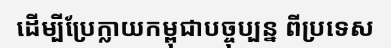
ដើម្បីប្រែក្លាយកម្ពុជាបច្ចុប្បន្ន ពីប្រទេស